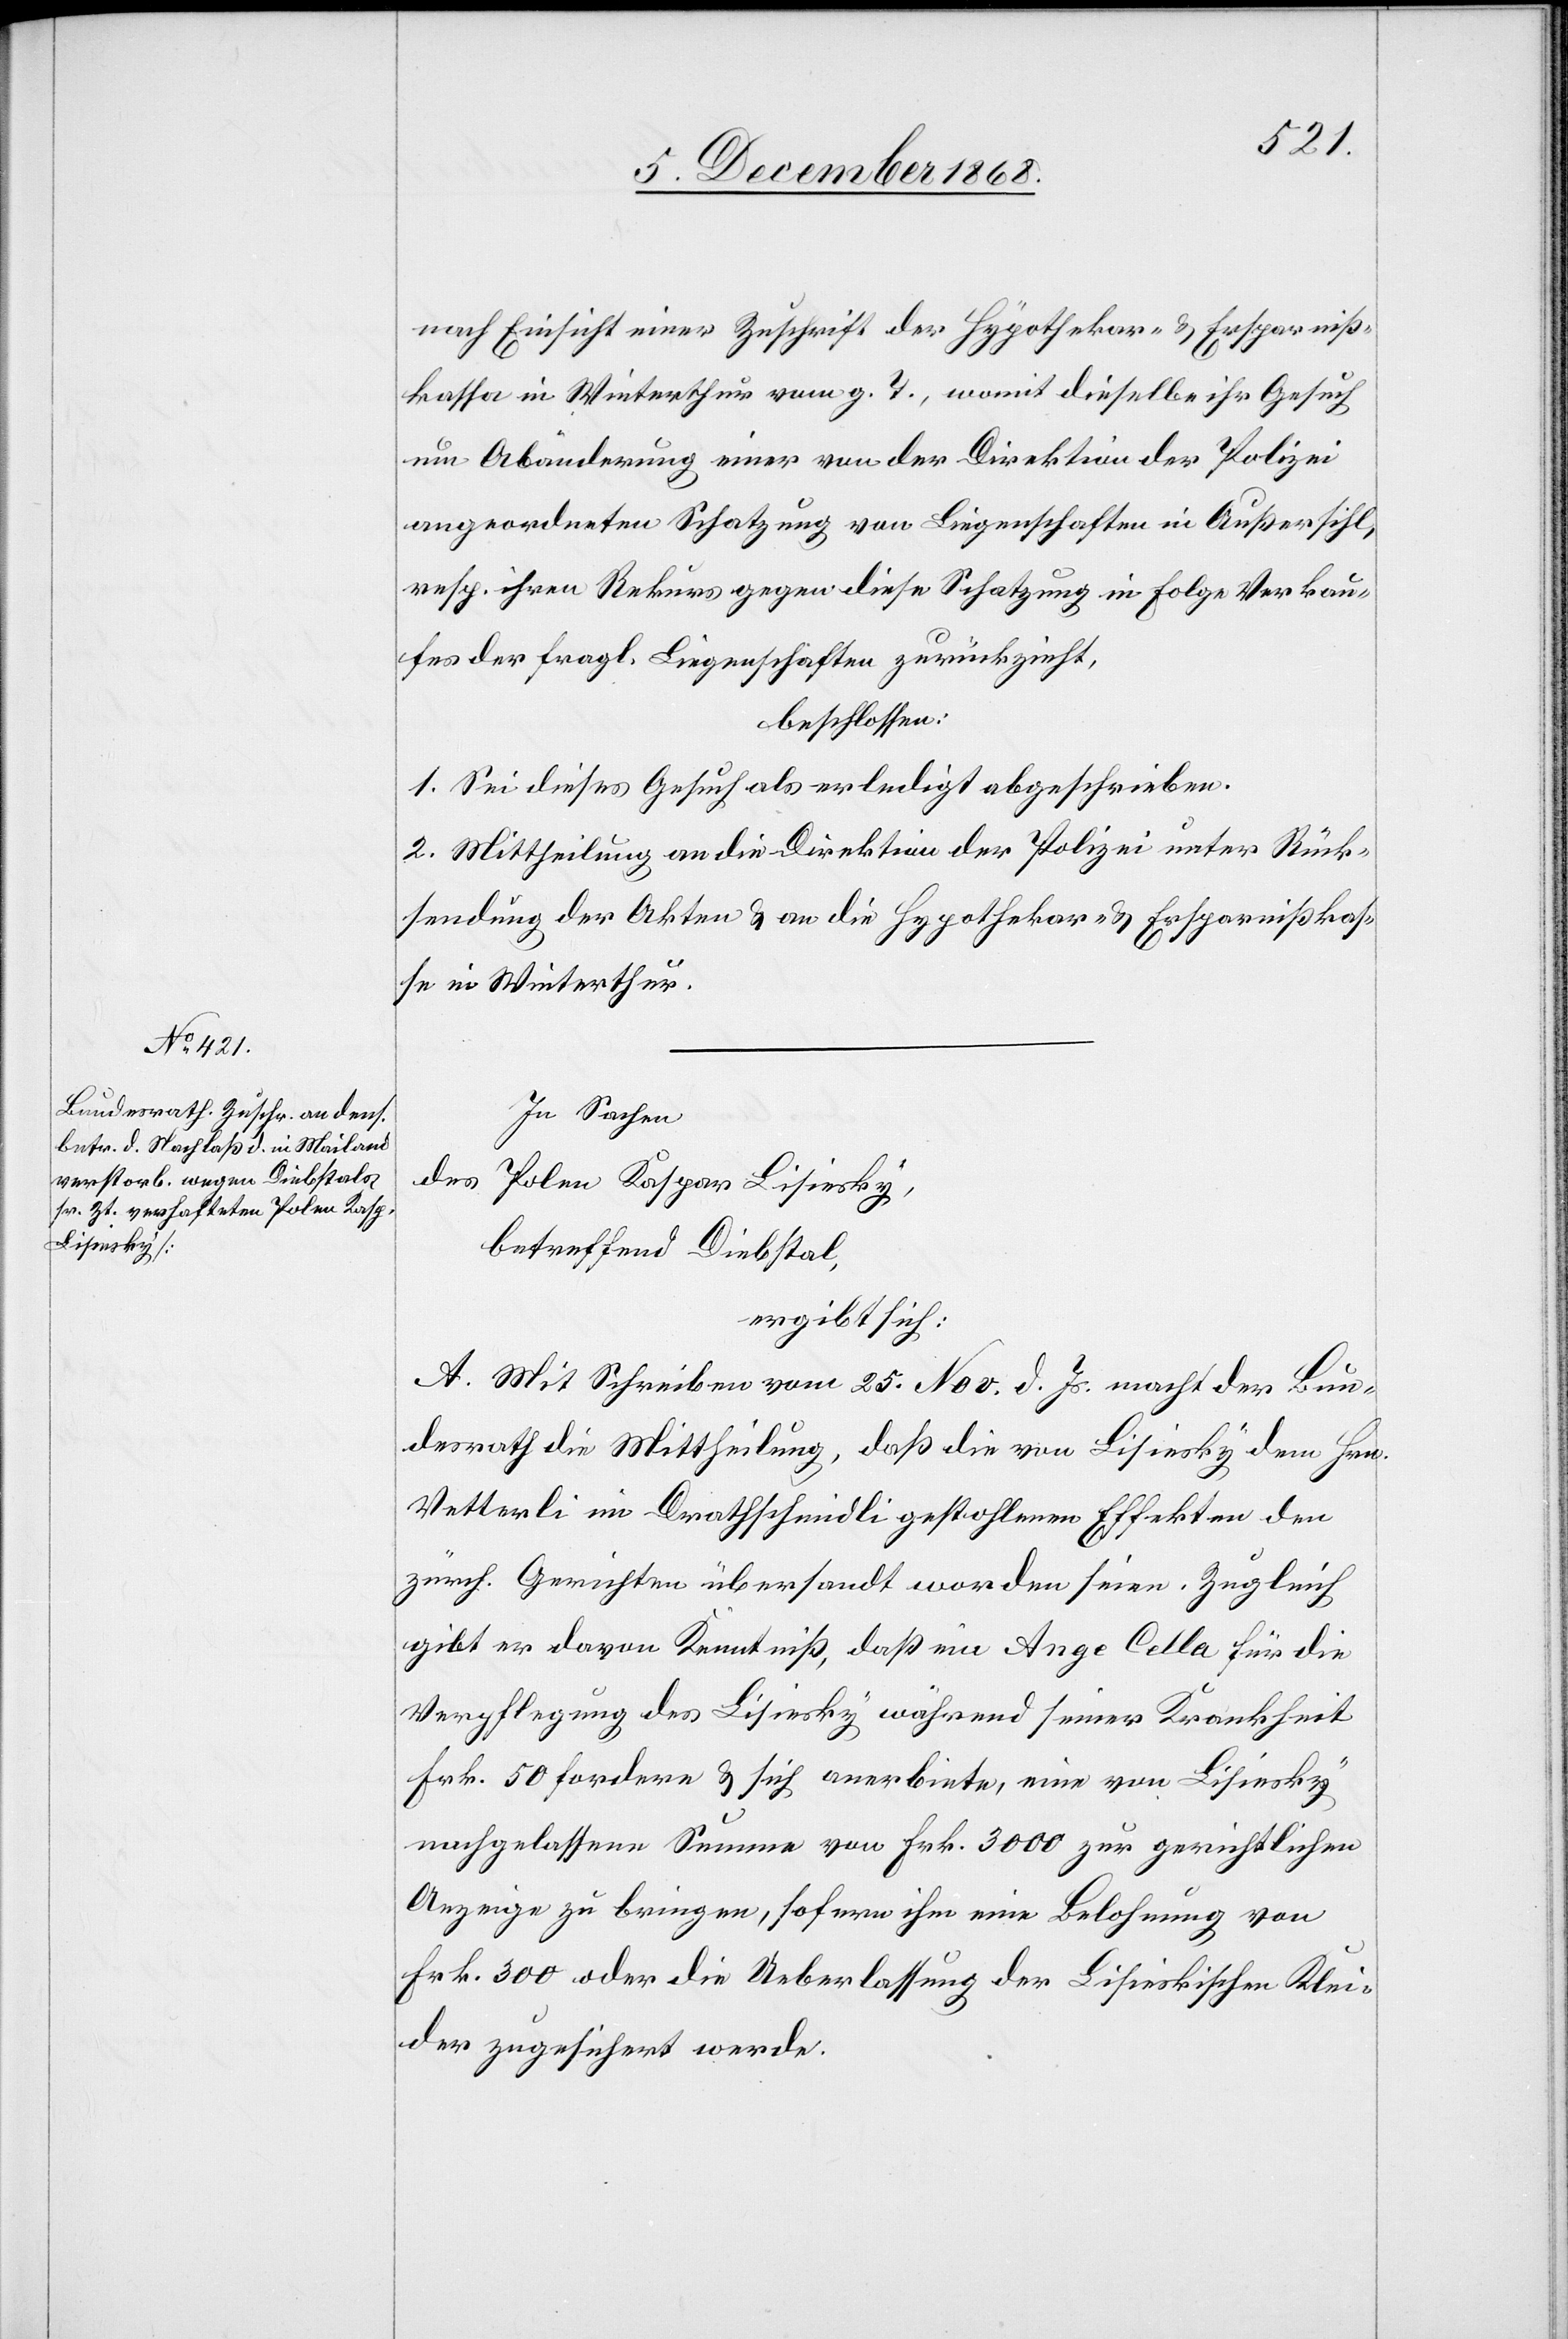
nach Einsicht einer Zuschrift der Hypothekar- & Ersparniß¬
kassa in Winterthur vom g. T., womit dieselbe ihr Gesuch
um Abänderung einer von der Direktion der Polizei
angeordneten Schatzung von Liegenschaften in Außersihl,
resp. ihren Rekurs gegen diese Schatzung in Folge Verkau¬
fes der fragl. Liegenschaften zurückzieht,
beschlossen:
1. Sei dieses Gesuch als erledigt abgeschrieben.
2. Mittheilung an die Direktion der Polizei unter Rück¬
sendung der Akten & an die Hypothekar- & Ersparnißkas¬
se in Winterthur.
In Sachen
des
Polen Kaspar Lisiesky,
betreffend Diebstal,
ergibt sich:
A. Mit Schreiben vom 25. Nov. d. Js. macht der Bun¬
desrath die Mittheilung, daß die von Lisiesky dem Hrn.
Vetterli im Drathschmidli gestohlenen Effekten den
zürch. Gerichten übersandt worden seien. Zugleich
gibt er davon Kenntniß, daß ein Ange Cella für die
Verpflegung des Lisiesky während seiner Krankheit
Frk. 50 fordere & sich anerbiete, eine von Lisiesky
nachgelassene Summe von Frk. 3000 zur gerichtlichen
Anzeige zu bringen, sofern ihm eine Belohnung von
Frk. 300 oder die Ueberlassung der Lisieskischen Klei¬
der zugesichert werde.